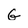
Character: G